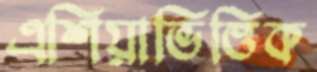
এশিয়াভিত্তিক